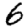
Digit: 6